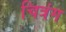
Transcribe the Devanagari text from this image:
चित्रंग